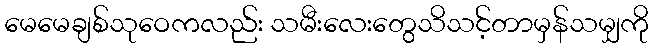
မေမေချစ်သုဝေကလည်း သမီးလေးတွေသိသင့်တာမှန်သမျှကို